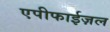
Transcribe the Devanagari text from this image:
एपीफाईज़ल